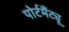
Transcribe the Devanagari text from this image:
पोर्टमैंट्यू